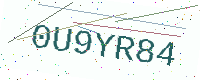
Text: 0U9YR84